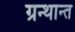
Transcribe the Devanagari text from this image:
ग्रन्थान्त